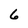
Character: 6